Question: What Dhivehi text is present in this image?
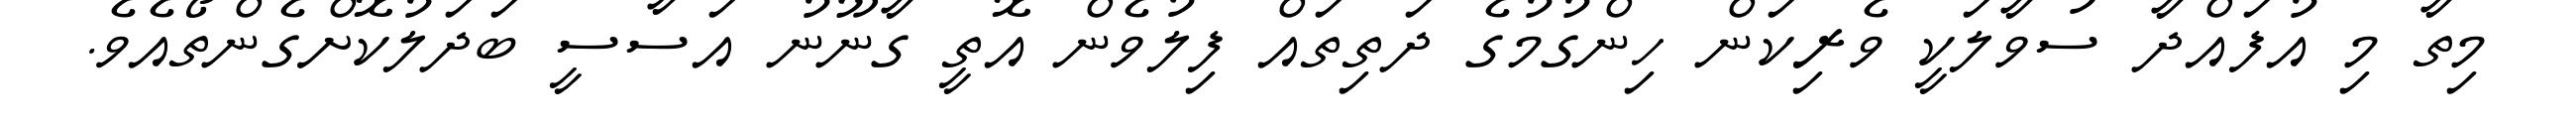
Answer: މިތާ މި އުފައްދާ ސުވާލަކީ ވެރިކަން ހިންގުމުގެ ދަތިތައް ފިލުވެން އޮތީ ގާނޫނު އަސާސީ ބަދަލުކޮށްގެންތޯއެވެ.